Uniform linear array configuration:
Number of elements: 64
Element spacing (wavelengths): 0.25
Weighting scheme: exponential
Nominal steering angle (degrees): -45
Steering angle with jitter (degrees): -43.127
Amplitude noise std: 0.05
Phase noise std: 0.05

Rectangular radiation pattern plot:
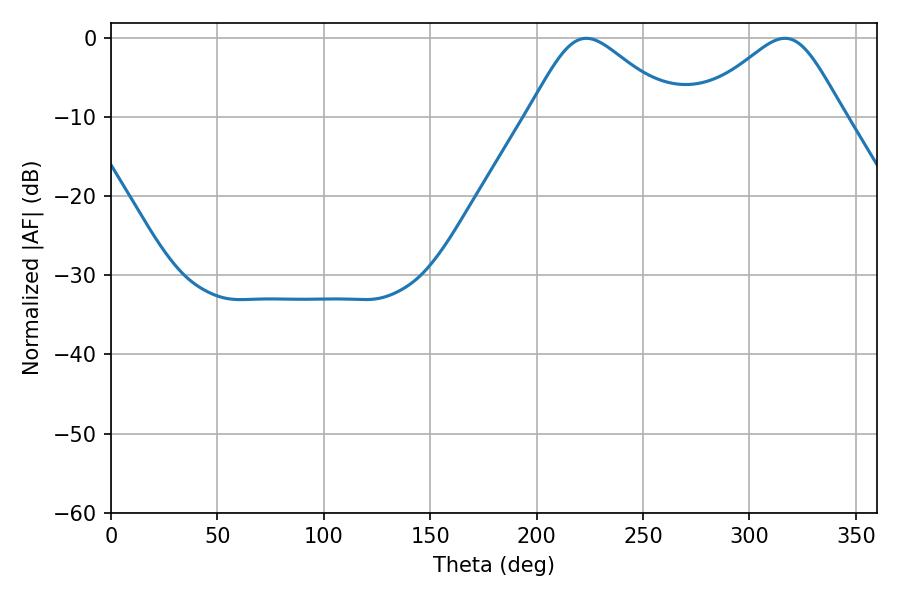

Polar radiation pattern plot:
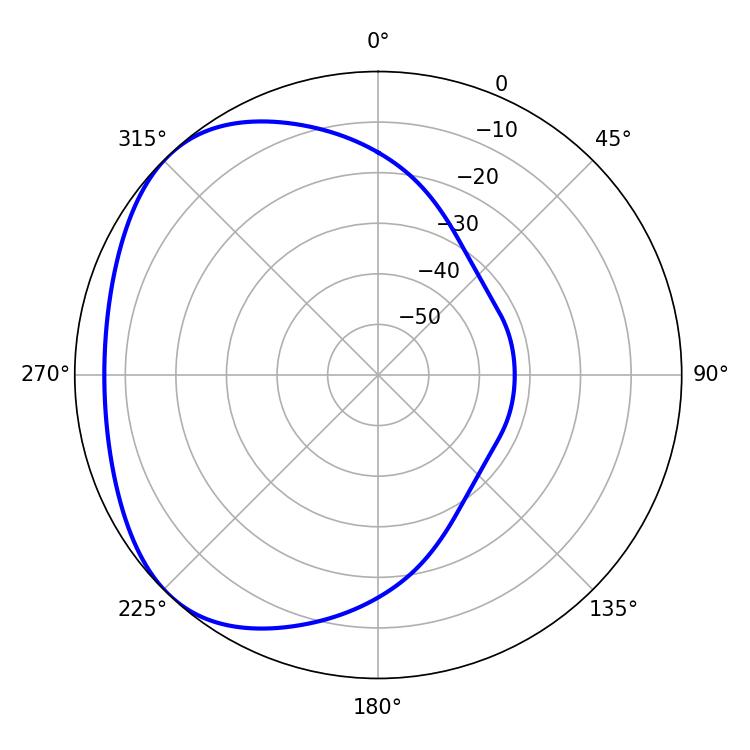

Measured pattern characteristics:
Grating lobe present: FALSE
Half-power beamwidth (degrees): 33.84
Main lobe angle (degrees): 223.38